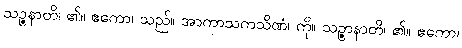
သဉ္ဇနာတိ၊ ၏။ ဧကော၊ သည်။ အာကာသကသိဏံ၊ ကို။ သဉ္ဇာနာတိ၊ ၏။ ဧကော၊